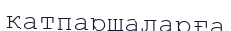
қатпаршаларға